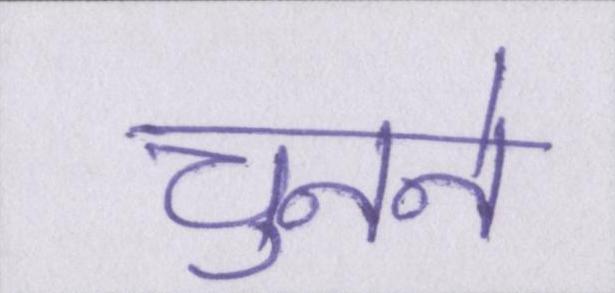
चुनने